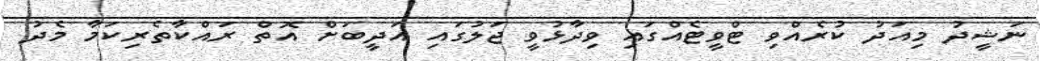
ނަޝީދު މިއަދު ކުރެއްވި ޓްވީޓެއްގައި ވިދާޅުވީ ޖަލުގައި އަދީބަށް އޮތް ރައްކާތެރިކަމާ މެދު